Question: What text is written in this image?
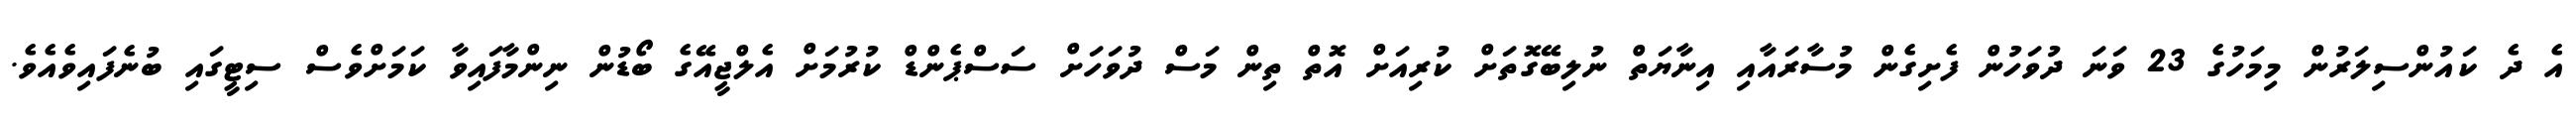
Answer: އެ ދެ ކައުންސިލަރުން މިމަހުގެ 23 ވަނަ ދުވަހުން ފެށިގެން މުސާރައާއި އިނާޔަތް ނުލިބޭގޮތަށް ކުރިއަށް އޮތް ތިން މަސް ދުވަހަށް ސަސްޕެންޑް ކުރުމަށް އެލްޖީއޭގެ ބޯޑުން ނިންމާފައިވާ ކަމަށްވެސް ސިޓީގައި ބުނެފައިވެއެވެ.